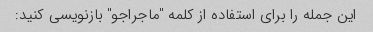
این جمله را برای استفاده از کلمه "ماجراجو" بازنویسی کنید: